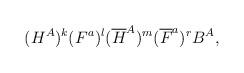
LaTeX: \begin{align*}(H^A)^k(F^a)^l ({\overline H}^A)^m({\overline F}^a)^r B^A,\end{align*}